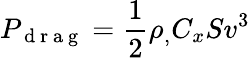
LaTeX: P_{\mathrm{~d~r~a~g~}}=\frac{1}{2}\rho_{,}C_{x}Sv^{3}